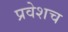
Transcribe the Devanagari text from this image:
प्रवेशच